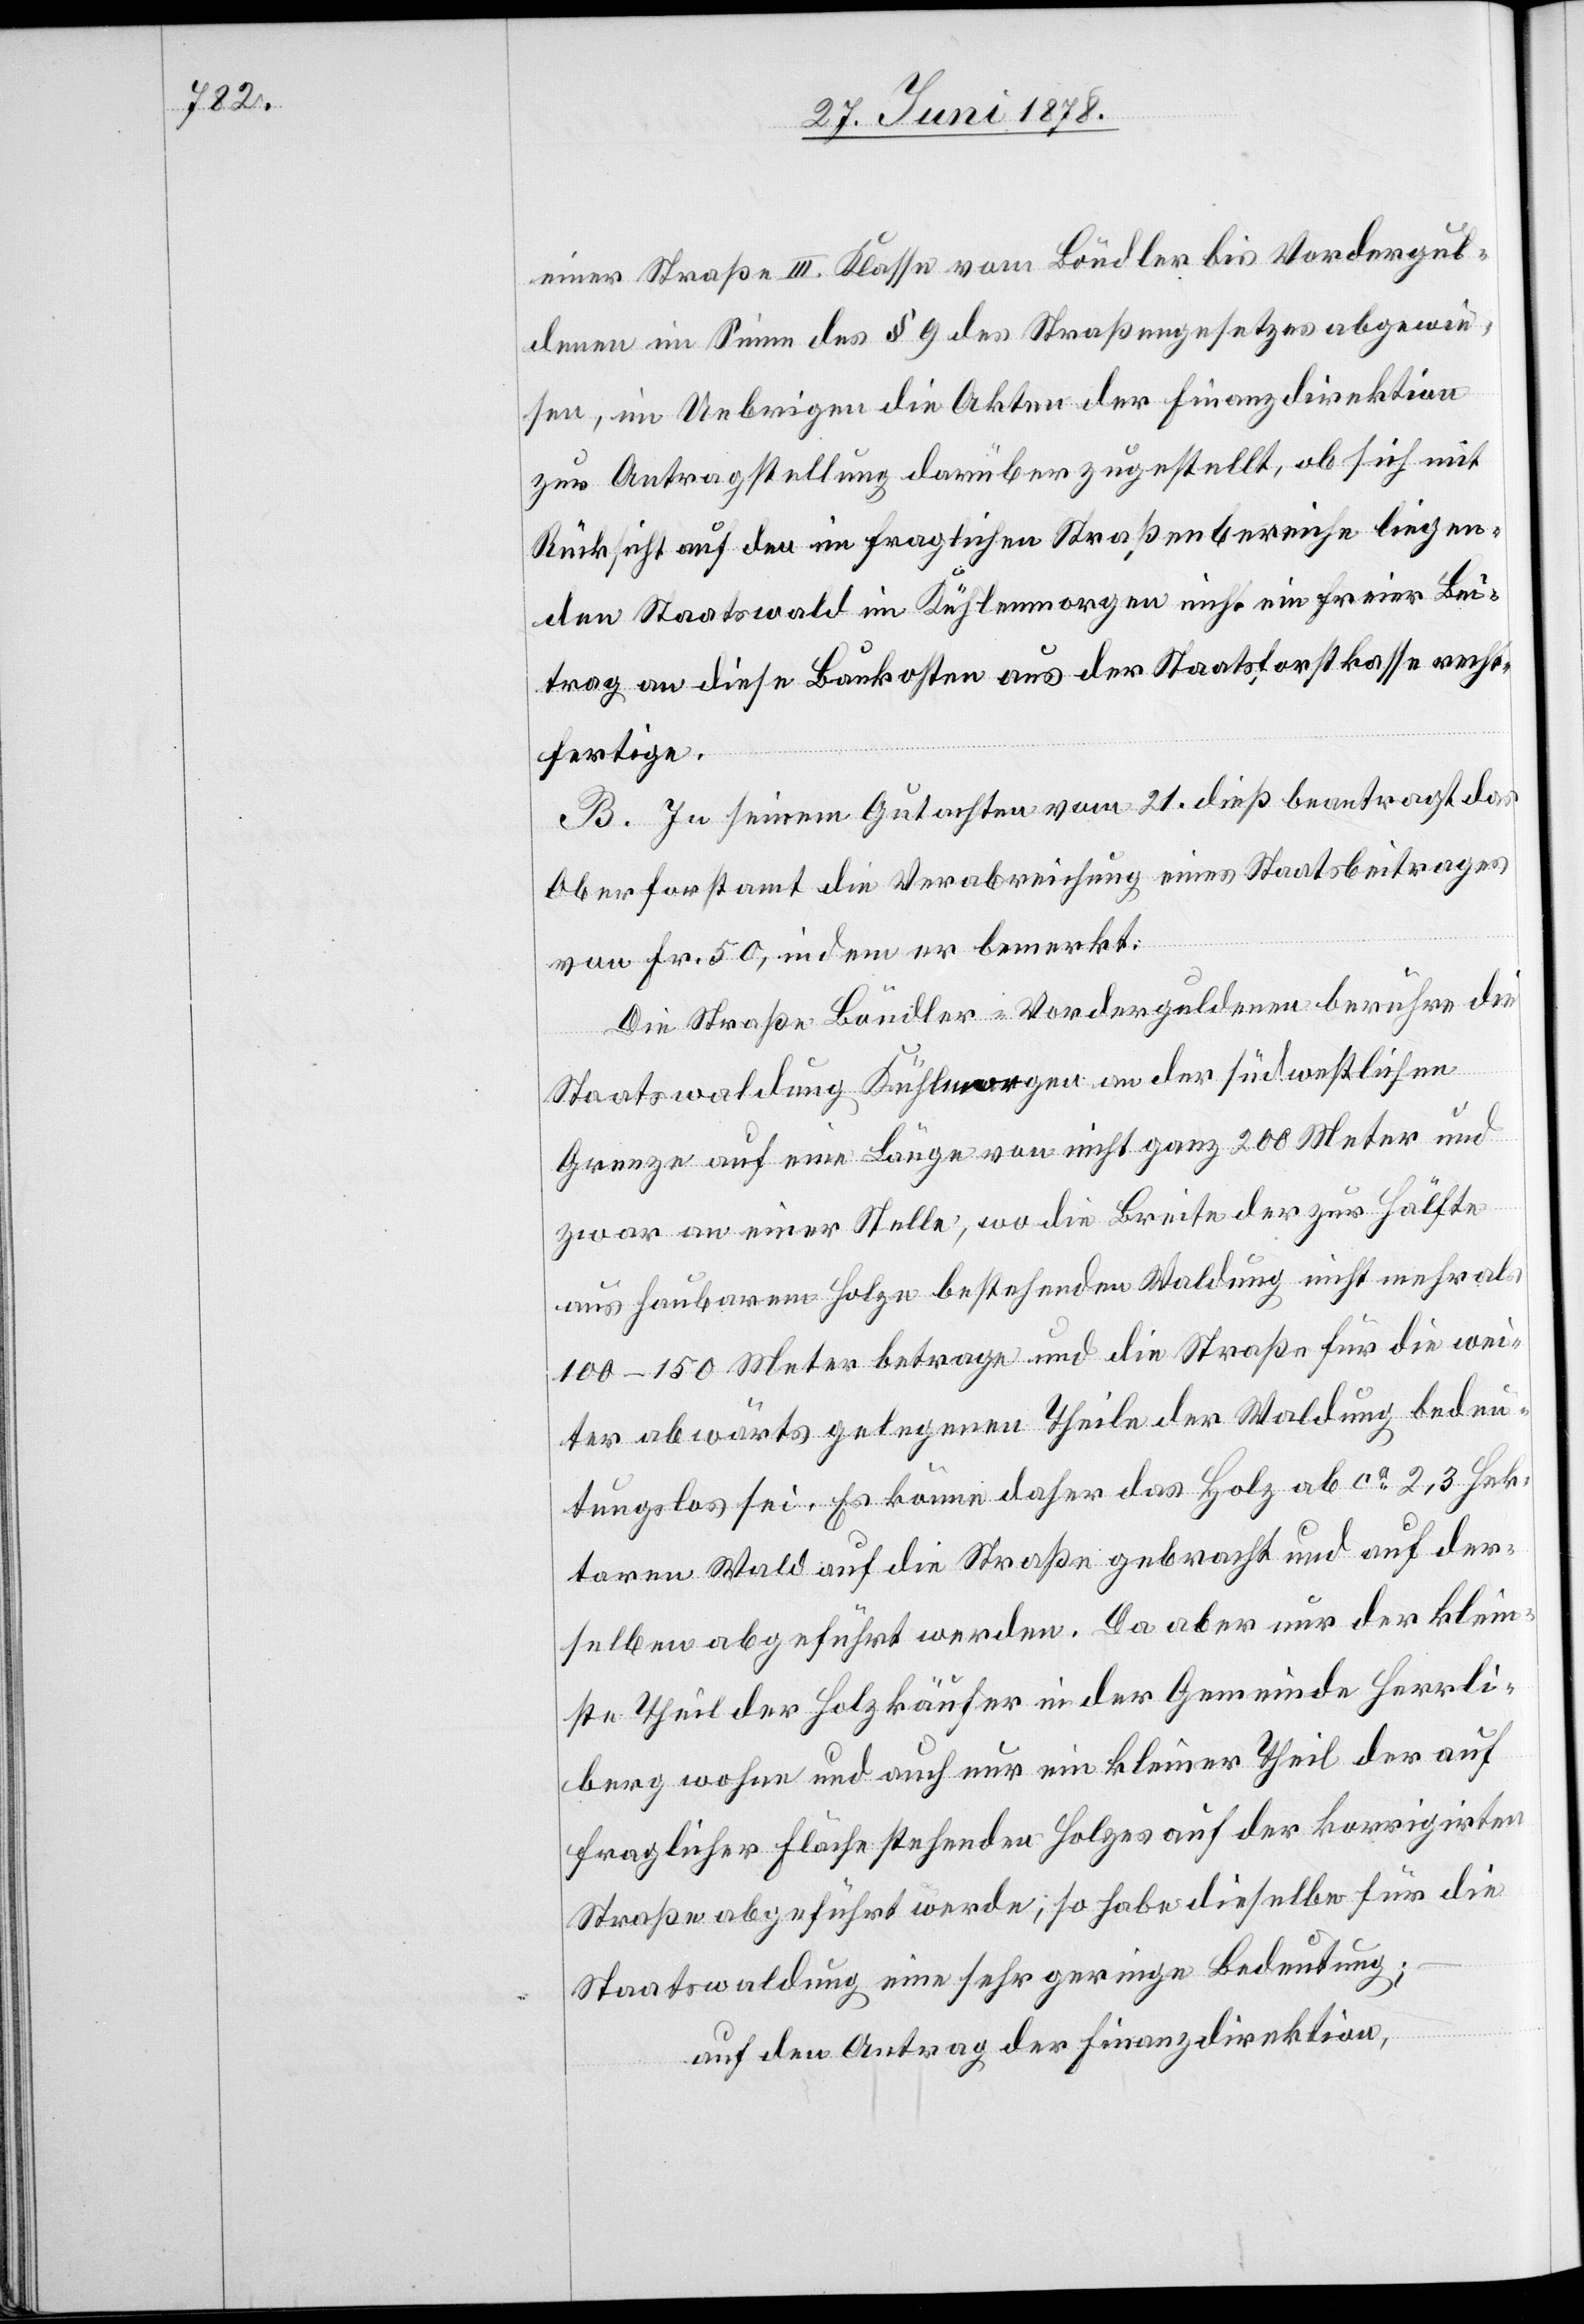
einer Straße III. Klasse vom Böndler bis Vordergul¬
denen im Sinne des § 9 des Straßengesetzes abgewie¬
sen, im Uebrigen die Akten der Finanzdirektion
zur Antragstellung darüber zugestellt, ob sich mit
Rücksicht auf den im fraglichen Straßenbereiche liegen¬
den Staatswald im Kühlenmorgen nicht ein freier Bei¬
trag an diese Baukosten aus der Staatsforstkasse recht¬
fertige.
B. In seinem Gutachten vom 21. dieß beantragt das
Oberforstamt die Verabreichung eines Staatsbeitrages
von Fr. 50, indem er bemerkt:
Die Straße Böndeler–Vorderguldenen berühre die
Staatswaldung Kühlenmorgen an der südwestlichen
Grenze auf eine Länge von nicht ganz 200 Meter und
zwar an einer Stelle, wo die Breite der zur Hälfte
aus haubarem Holze bestehenden Waldung nicht mehr als
100–150 Meter betrage und die Straße für die wei¬
ter abwärts gelegenen Theile der Waldung bedeu¬
tungslos sei. Es könne daher das Holz ab ca 2,3 Hek¬
taren Wald auf die Straße gebracht und auf der¬
selben abgeführt werden. Da aber nur der klein¬
ste Theil der Holzkäufer in der Gemeinde Herrli¬
berg wohne und auch nur ein kleiner Theil des auf
fraglicher Fläche stehenden Holzes auf der korrigirten
Straße abgeführt werde, so habe dieselbe für die
Staatswaldung eine sehr geringe Bedeutung;
auf den Antrag der Finanzdirektion,